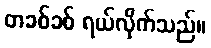
တခစ်ခစ် ရယ်လိုက်သည်။